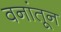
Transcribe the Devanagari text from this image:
वनांतून